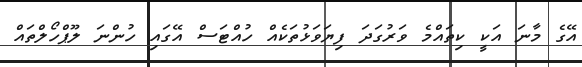
އޭގެ މާނަ އަކީ ކިތައްމެ ވަރުގަދަ ފިޔަވަޅުތަކެއް ހުއްޓަސް އޭގައި ހުންނަ ލޫޕްހޯލްތައް